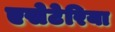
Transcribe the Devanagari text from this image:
एसेटेरिया